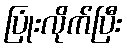
ပြုံးလိုက်ပြီး